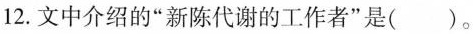
12. 文中介绍的“新陈代谢的工作者”是( ) 。